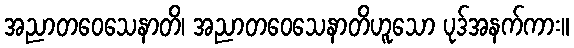
အညာတဝေသေနာတိ၊ အညာတဝေသေနာတိဟူသော ပုဒ်အနက်ကား။